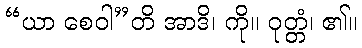
“ယာ စေဝါ”တိ အာဒိ၊ ကို။ ဝုတ္တံ၊ ၏။